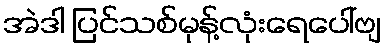
အဲဒါ ပြင်သစ်မုန့်လုံးရေပေါ်ဗျ